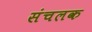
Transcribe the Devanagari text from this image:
संचलक